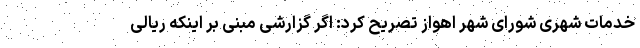
خدمات شهری شورای شهر اهواز تصریح کرد: اگر گزارشی مبنی بر اینکه ریالی